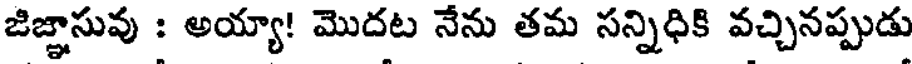
జిజ్ఞాసువు : అయ్యా! మొదట నేను తమ సన్నిధికి వచ్చినప్పుడు